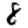
Digit: 8